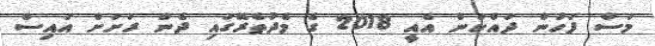
މަސް ފަހުން ދައްކަން އެއީ 2018 ގެ މެދުތެރޭގައި ދެން ރަށަށް އައިސް